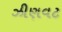
ઝીણવટ